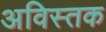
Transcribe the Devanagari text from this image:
अविस्तक